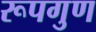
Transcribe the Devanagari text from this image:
रूपगुण